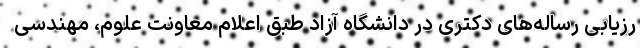
رزیابی رساله‌های دکتری در دانشگاه آزاد طبق اعلام معاونت علوم، مهندسی